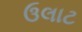
ઉલાટ